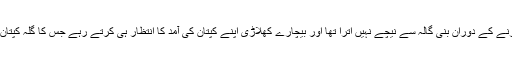
خیر کپتان تو اس سے پہلے بھی اسلام آباد میں اپنے ایک دھرنے کے دوران بنی گالہ سے نیچے نہیں اترا تھا اور بیچارے کھلاڑی اپنے کپتان کی آمد کا انتظار ہی کرتے رہے جس کا گلہ کپتان کے ہم خیال اور سیاسی ساتھی شیخ رشید نے بھی برملا کیا۔